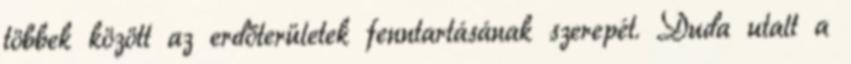
többek között az erdőterületek fenntartásának szerepét. Duda utalt a